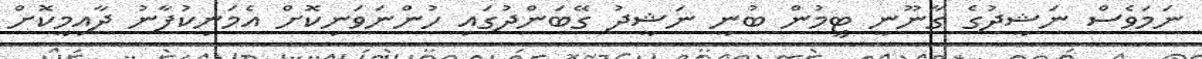
ނަމަވެސް ނަޝީދުގެ ގާނޫނީ ޓީމުން ބުނީ ނަޝީދު ގޭބަންދުގައި ހުންނަވަނިކޮށް އެމަނިކުފާނު ދާއިމީކޮށް